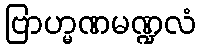
ဗြာဟ္မဏမဏ္ဍလံ